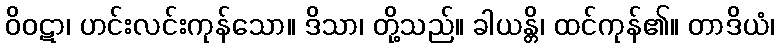
ဝိဝဋာ၊ ဟင်းလင်းကုန်သော။ ဒိသာ၊ တို့သည်။ ခါယန္တိ၊ ထင်ကုန်၏။ တာဒိယံ၊